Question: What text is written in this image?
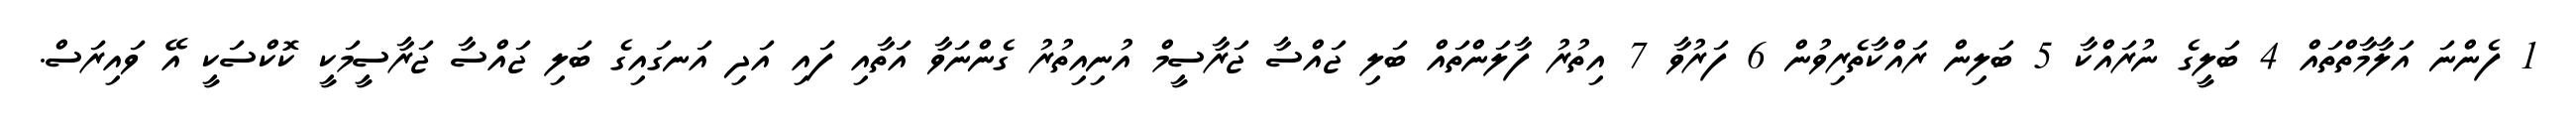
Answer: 1 ފެންނަ އަލާމާތްތައް 4 ބަލީގެ ނުރައްކާ 5 ބަލިން ރައްކާތެރިވުން 6 ފަރުވާ 7 އިތުރު ފާލަންތައް ބަލި ޖައްސާ ޖަރާސީމް އުނިއިތުރު ގެންނަވާ އަތާއި ފައި އަދި އަނގައިގެ ބަލި ޖައްސާ ޖަރާސީމަކީ ކޮކްސަކީ އޭ ވައިރަސް.